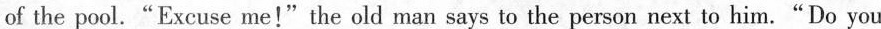
of the pool."Excuse me!"the old man says to the person next to him."Do you